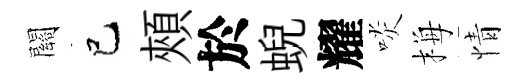
關巳頰於蜺耀啖梅情